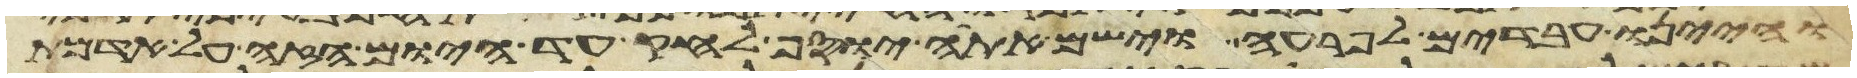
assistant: והיינו עבדים לפרעה וישם אתה יוסף לחק עד היום הזה על אדמת